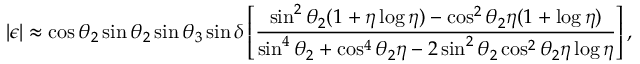
| \epsilon | \approx \cos \theta _ { 2 } \sin \theta _ { 2 } \sin \theta _ { 3 } \sin \delta \left[ { \frac { \sin ^ { 2 } \theta _ { 2 } ( 1 + \eta \log \eta ) - \cos ^ { 2 } \theta _ { 2 } \eta ( 1 + \log \eta ) } { \sin ^ { 4 } \theta _ { 2 } + \cos ^ { 4 } \theta _ { 2 } \eta - 2 \sin ^ { 2 } \theta _ { 2 } \cos ^ { 2 } \theta _ { 2 } \eta \log \eta } } \right] ,